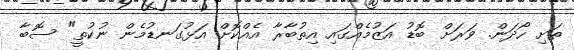
ތަށި ހޯދަން. ވަރަށް ބޮޑު އަޒުމެއްގައި އިތުބާރާ އެއްކޮށް އަޅުގަނޑުމެން ނުކުތީ" ސޮބާ